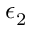
\epsilon _ { 2 }